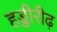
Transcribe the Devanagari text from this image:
हड्डीरीढ़